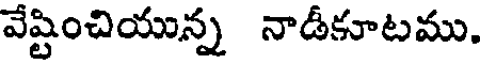
వేష్టించియున్న నాడీకూటము.